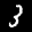
Label: 3